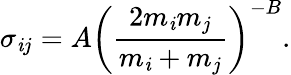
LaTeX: \sigma_{\mathit{i}j}=A\left(\frac{{2m_{\mathit{i}}m_{j}}}{{m_{\mathit{i}}+m_{j}}}\right)^{-B}.